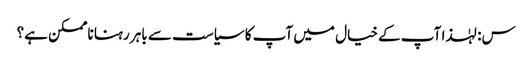
س: لہٰذا آپ کے خیال میں آپ کا سیاست سے باہر رہنا ناممکن ہے؟